Indian journal of veterinary science and animal husbandry - Volume 13,
Year: 1943
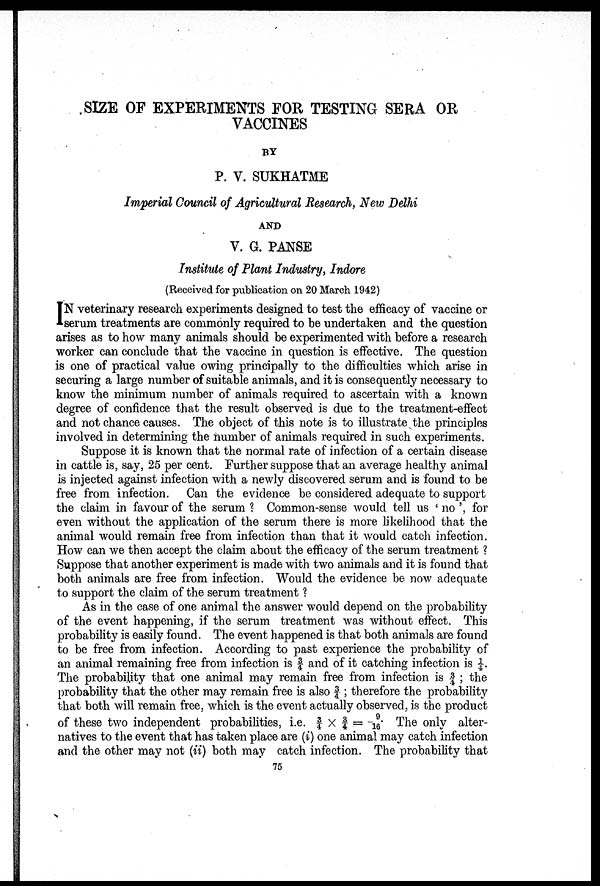
SIZE OF EXPERIMENTS FOR TESTING SERA OR
VACCINES
BY
P. V. SUKHATME
Imperial Council of Agricultural Research, New Delhi
AND
V. G. PANSE
Institute of Plant Industry, Indore
(Received for publication on 20 March 1942)
I N veterinary research experiments designed to test the efficacy of vaccine or
serum treatments are commonly required to be undertaken and the question
arises as to how many animals should be experimented with before a research
worker can conclude that the vaccine in question is effective. The question
is one of practical value owing principally to the difficulties which arise in
securing a large number of suitable animals, and it is consequently necessary to
know the minimum number of animals required to ascertain with a known
degree of confidence that the result observed is due to the treatment-effect
and not chance causes. The object of this note is to illustrate the principles
involved in determining the number of animals required in such experiments.
Suppose it is known that the normal rate of infection of a certain disease
in cattle is, say, 25 per cent. Further suppose that an average healthy animal
is injected against infection with a newly discovered serum and is found to be
free from infection. Can the evidence be considered adequate to support
the claim in favour of the serum ? Common-sense would tell us ' no ', for
even without the application of the serum there is more likelihood that the
animal would remain free from infection than that it would catch infection.
How can we then accept the claim about the efficacy of the serum treatment ?
Suppose that another experiment is made with two animals and it is found that
both animals are free from infection. Would the evidence be now adequate
to support the claim of the serum treatment ?
As in the case of one animal the answer would depend on the probability
of the event happening, if the serum treatment was without effect. This
probability is easily found. The event happened is that both animals are found
to be free from infection. According to past experience the probability of
an animal remaining free from infection is ¾ and of it catching infection is ¼.
The probability that one animal may remain free from infection is ¾ ; the
probability that the other may remain free is also ¾ ; therefore the probability
that both will remain free, which is the event actually observed, is the product
of these two independent probabilities, i.e. ¾ × ¾ = 9/16 The only alter-
natives to the event that has taken place are (i) one animal may catch infection
and the other may not (ii) both may catch infection. The probability that
75